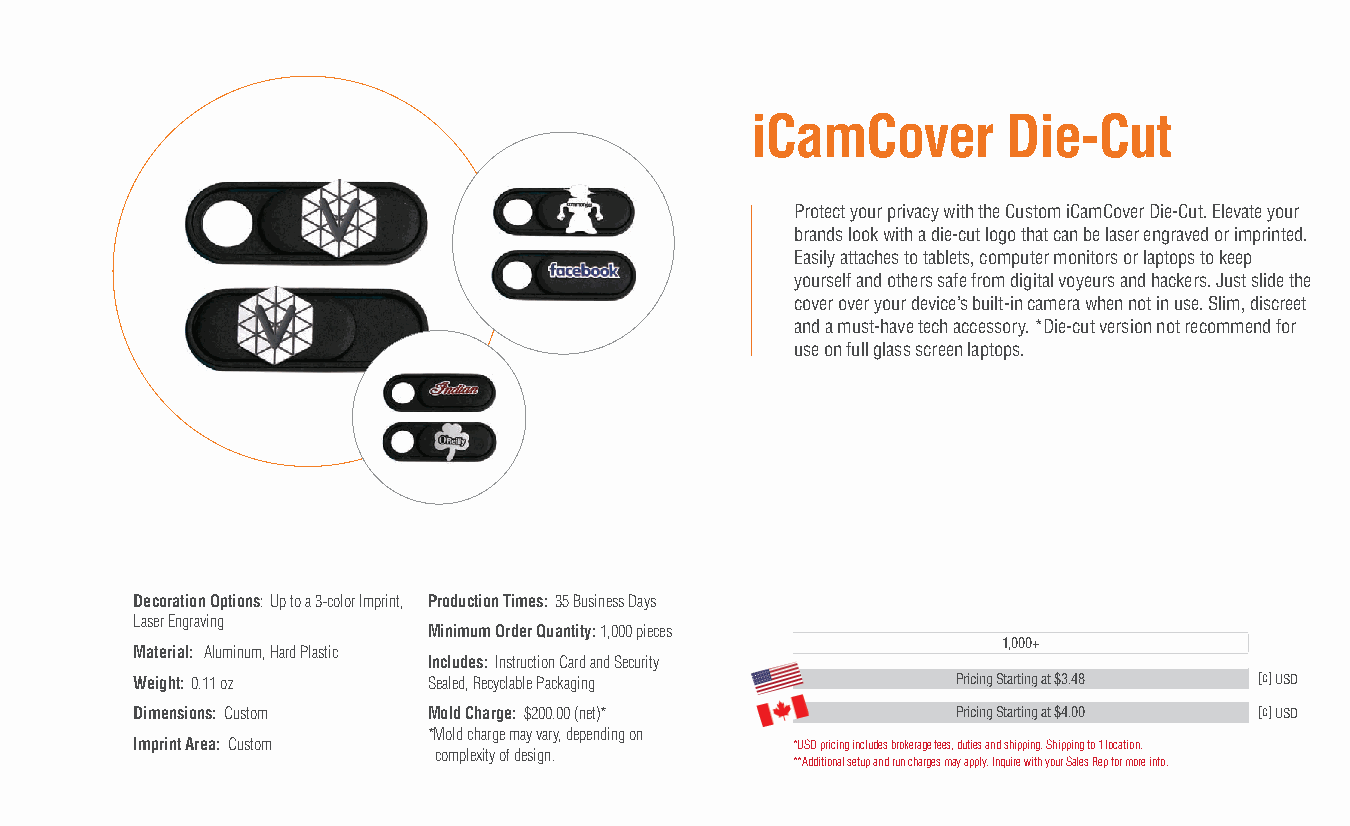
iCamCover        Die-Cut
 Protect your privacy with the Custom iCamCover Die-Cut. Elevate your
 brands look with a die-cut logo that can be laser engraved or imprinted.
 Easily attaches to tablets, computer monitors or laptops to keep
 yourself and others safe from digital voyeurs and hackers. Just slide the
 cover over your device’s built-in camera when not in use. Slim, discreet
 and a must-have tech accessory. *Die-cut version not recommend for
 use on full glass screen laptops.
 Decoration Options: Up to a 3-color Imprint, Production Times: 35 Business Days
 Laser Engraving
 Minimum Order Quantity: 1,000 pieces
 1,000+
 Material: Aluminum, Hard Plastic
 Includes: Instruction Card and Security
 Weight: 0.11 oz    Sealed, Recyclable Packaging       Pricing Starting at $3.48 [c] USD
 Dimensions: Custom Mold Charge: $200.00 (net)*        Pricing Starting at $4.00 [c] USD
 *Mold charge may vary, depending on
 Imprint Area: Custom                       *USD pricing includes brokerage fees, duties and shipping. Shipping to 1 location.
 complexity of design.
 **Additional setup and run charges may apply. Inquire with your Sales Rep for more info.